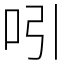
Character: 吲